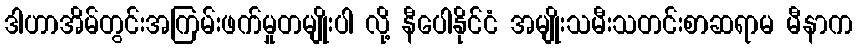
ဒါဟာအိမ်တွင်းအကြမ်းဖက်မှုတမျိုးပါ လို့ နီပေါနိုင်ငံ အမျိုးသမီးသတင်းစာဆရာမ မီနာက